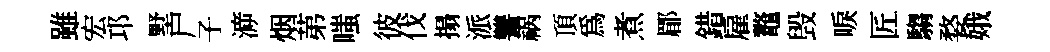
雖宏邛墅尸子㴑烟苐嗤彼伐搨派讐祸頂為煮郿錯雇鼇毁唳匠騶婺娥